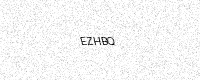
Text: EZHBQ